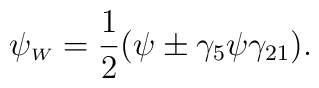
\psi_{\scriptscriptstyle W} = \frac{1}{2}(\psi \pm \gamma_5 \psi\gamma_{21})  .